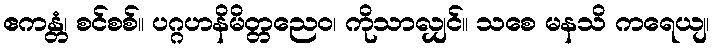
ဧကန္တံ၊ စင်စစ်။ ပဂ္ဂဟနိမိတ္တညေဝ၊ ကိုသာလျှင်။ သစေ မနသိ ကရေယျ၊